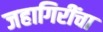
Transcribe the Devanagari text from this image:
जहागिरींचा